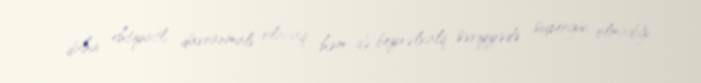
daha ehtiyatlı davranmalı olacaq, həm də beynəlxalq səviyyədə supergüc olmadığı